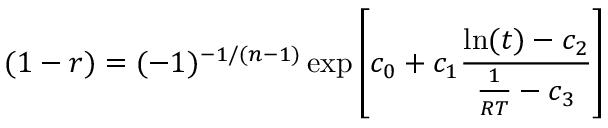
( 1 - r ) = ( - 1 ) ^ { - 1 / ( n - 1 ) } \exp \left[ c _ { 0 } + c _ { 1 } \frac { \ln ( t ) - c _ { 2 } } { \frac { 1 } { R T } - c _ { 3 } } \right]